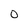
Character: O